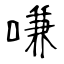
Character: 嗛